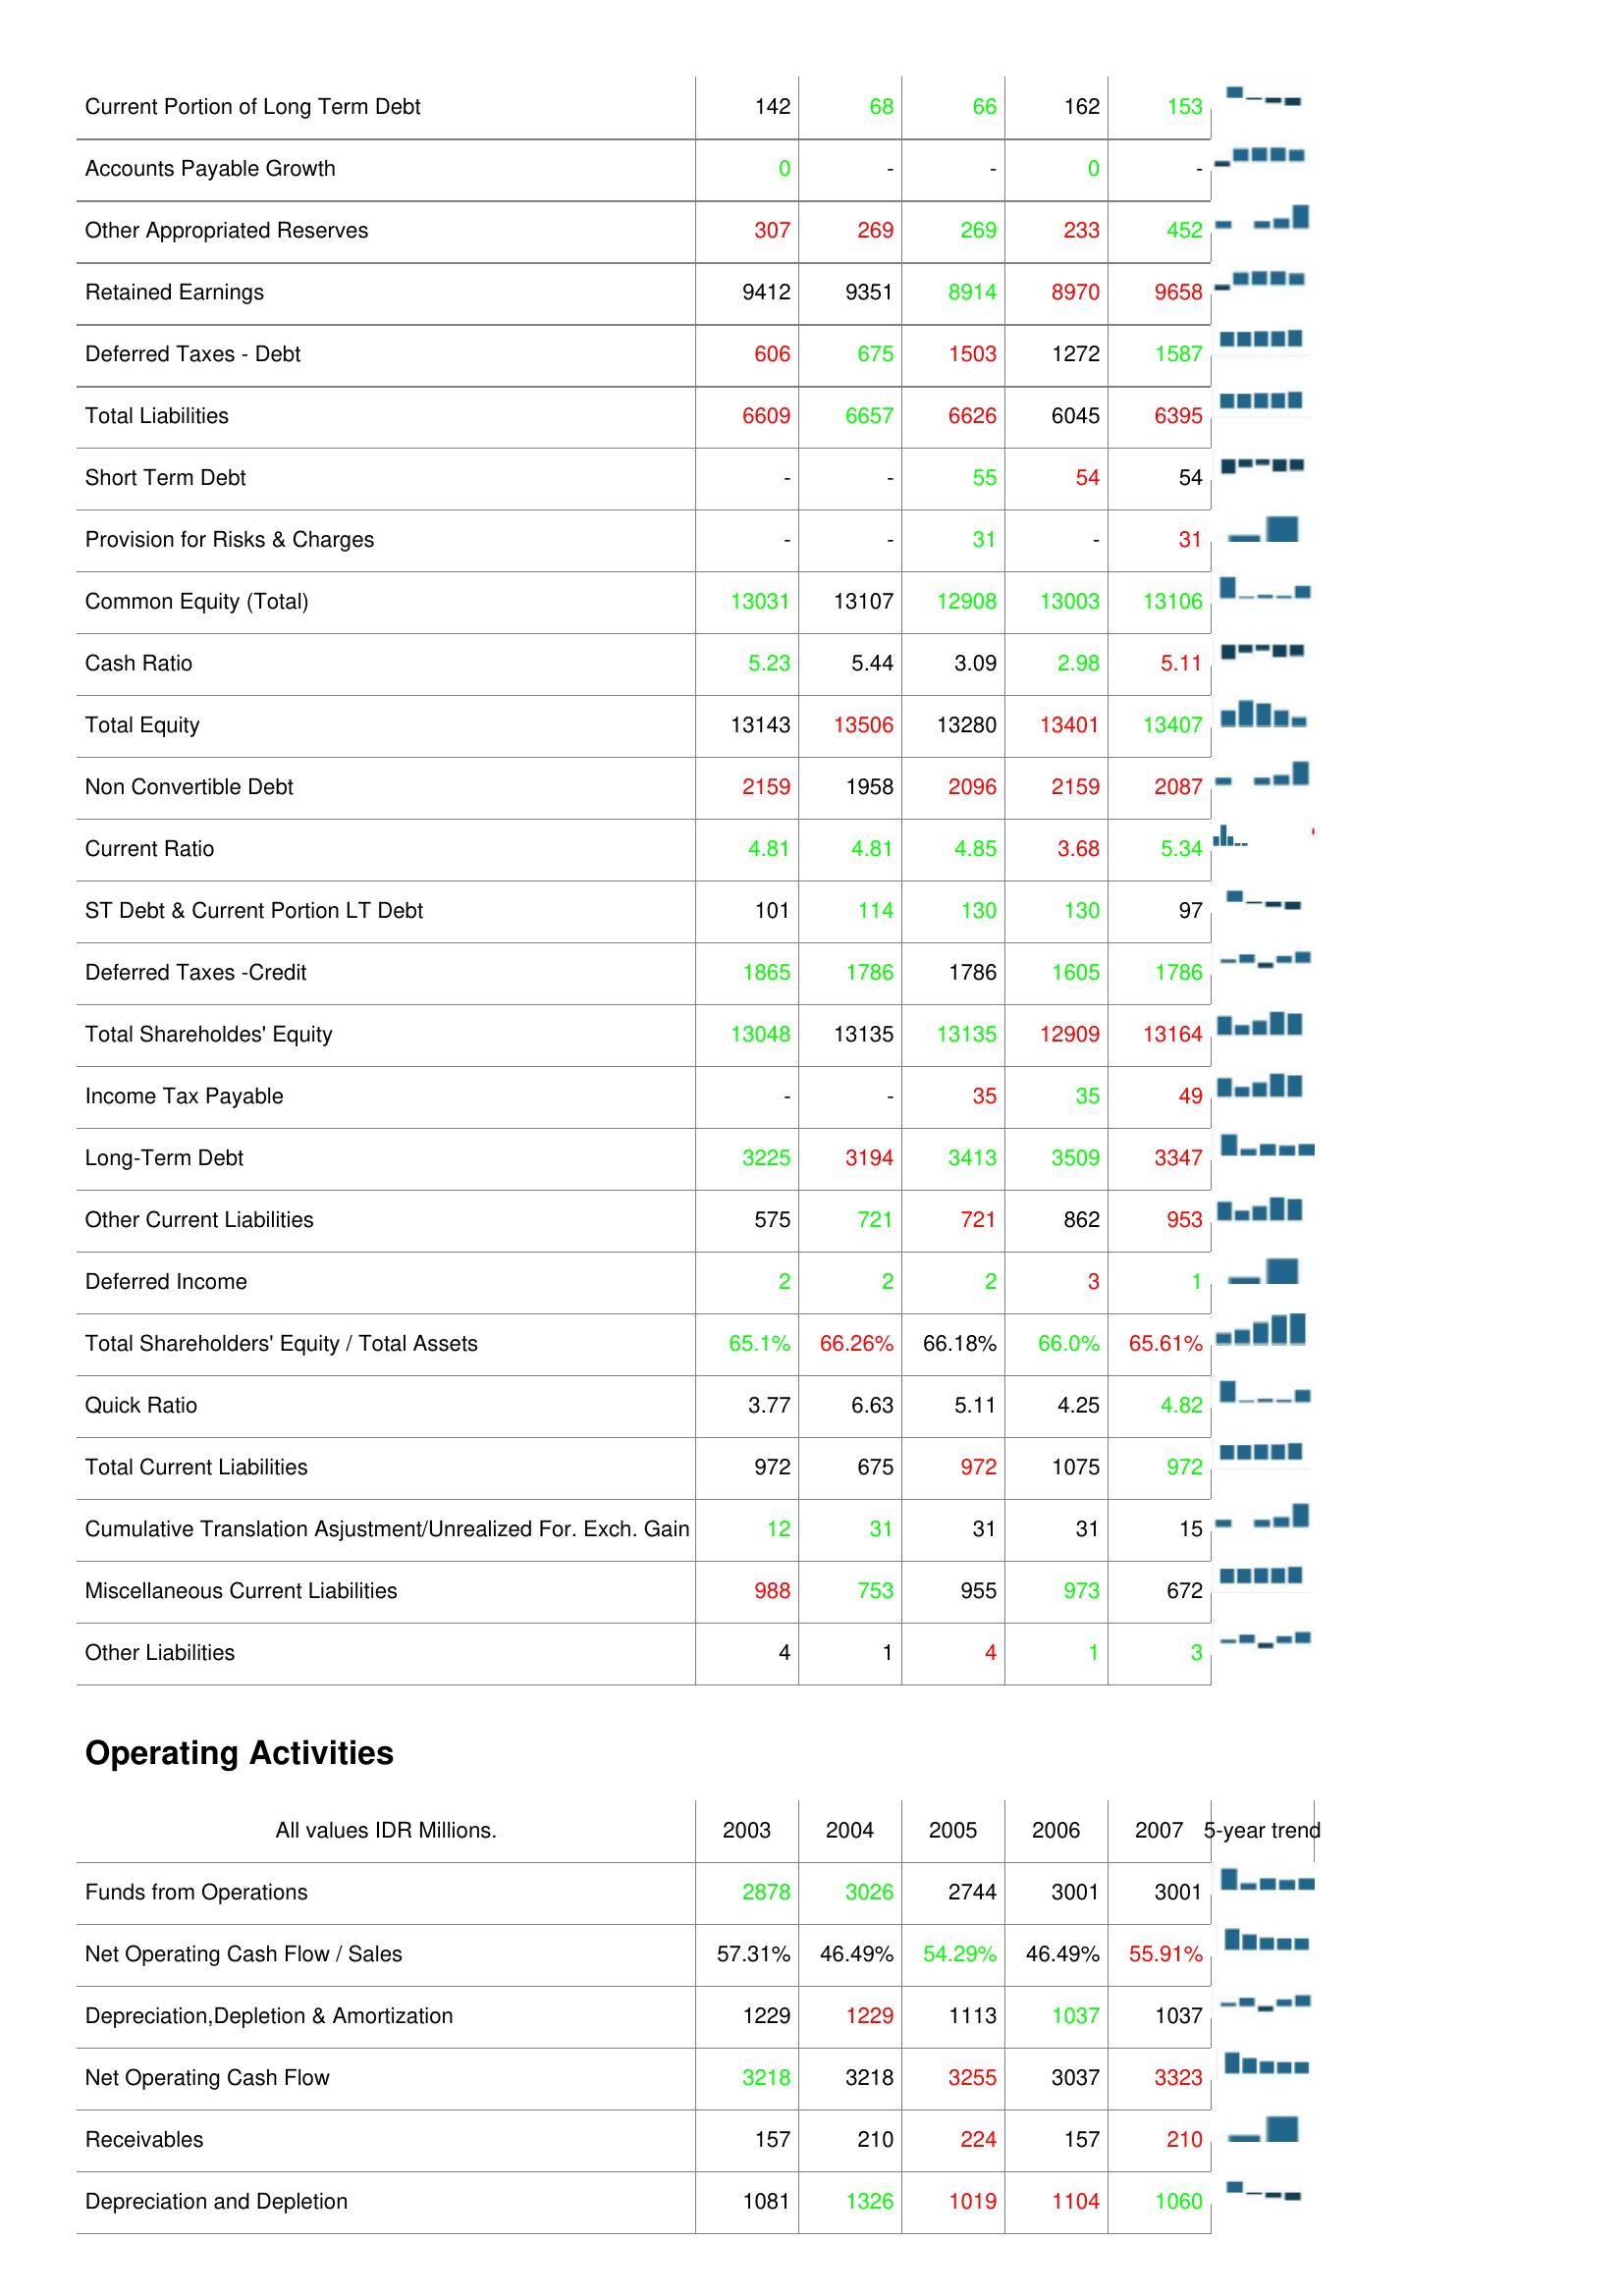
2003: Liabilities & Shareholder's Equity: Current Portion of Long Term Debt: 142
Accounts Payable Growth: 0
Other Appropriated Reserves: 307
Retained Earnings: 9412
Deferred Taxes - Debt: 606
Total Liabilities: 6609
Short Term Debt: -
Provision for Risks & Charges: -
Common Equity (Total): 13031
Cash Ratio: 5.23
Total Equity: 13143
Non Convertible Debt: 2159
Current Ratio: 4.81
ST Debt & Current Portion LT Debt: 101
Deferred Taxes -Credit: 1865
Total Shareholdes' Equity: 13048
Income Tax Payable: -
Long-Term Debt: 3225
Other Current Liabilities: 575
Deferred Income: 2
Total Shareholders' Equity / Total Assets: 65.1%
Quick Ratio: 3.77
Total Current Liabilities: 972
Cumulative Translation Asjustment/Unrealized For. Exch. Gain: 12
Miscellaneous Current Liabilities: 988
Other Liabilities: 4
Operating Activities: Funds from Operations: 2878
Net Operating Cash Flow / Sales: 57.31%
Depreciation,Depletion & Amortization: 1229
Net Operating Cash Flow: 3218
Receivables: 157
Depreciation and Depletion: 1081
2004: Liabilities & Shareholder's Equity: Current Portion of Long Term Debt: 68
Accounts Payable Growth: -
Other Appropriated Reserves: 269
Retained Earnings: 9351
Deferred Taxes - Debt: 675
Total Liabilities: 6657
Short Term Debt: -
Provision for Risks & Charges: -
Common Equity (Total): 13107
Cash Ratio: 5.44
Total Equity: 13506
Non Convertible Debt: 1958
Current Ratio: 4.81
ST Debt & Current Portion LT Debt: 114
Deferred Taxes -Credit: 1786
Total Shareholdes' Equity: 13135
Income Tax Payable: -
Long-Term Debt: 3194
Other Current Liabilities: 721
Deferred Income: 2
Total Shareholders' Equity / Total Assets: 66.26%
Quick Ratio: 6.63
Total Current Liabilities: 675
Cumulative Translation Asjustment/Unrealized For. Exch. Gain: 31
Miscellaneous Current Liabilities: 753
Other Liabilities: 1
Operating Activities: Funds from Operations: 3026
Net Operating Cash Flow / Sales: 46.49%
Depreciation,Depletion & Amortization: 1229
Net Operating Cash Flow: 3218
Receivables: 210
Depreciation and Depletion: 1326
2005: Liabilities & Shareholder's Equity: Current Portion of Long Term Debt: 66
Accounts Payable Growth: -
Other Appropriated Reserves: 269
Retained Earnings: 8914
Deferred Taxes - Debt: 1503
Total Liabilities: 6626
Short Term Debt: 55
Provision for Risks & Charges: 31
Common Equity (Total): 12908
Cash Ratio: 3.09
Total Equity: 13280
Non Convertible Debt: 2096
Current Ratio: 4.85
ST Debt & Current Portion LT Debt: 130
Deferred Taxes -Credit: 1786
Total Shareholdes' Equity: 13135
Income Tax Payable: 35
Long-Term Debt: 3413
Other Current Liabilities: 721
Deferred Income: 2
Total Shareholders' Equity / Total Assets: 66.18%
Quick Ratio: 5.11
Total Current Liabilities: 972
Cumulative Translation Asjustment/Unrealized For. Exch. Gain: 31
Miscellaneous Current Liabilities: 955
Other Liabilities: 4
Operating Activities: Funds from Operations: 2744
Net Operating Cash Flow / Sales: 54.29%
Depreciation,Depletion & Amortization: 1113
Net Operating Cash Flow: 3255
Receivables: 224
Depreciation and Depletion: 1019
2006: Liabilities & Shareholder's Equity: Current Portion of Long Term Debt: 162
Accounts Payable Growth: 0
Other Appropriated Reserves: 233
Retained Earnings: 8970
Deferred Taxes - Debt: 1272
Total Liabilities: 6045
Short Term Debt: 54
Provision for Risks & Charges: -
Common Equity (Total): 13003
Cash Ratio: 2.98
Total Equity: 13401
Non Convertible Debt: 2159
Current Ratio: 3.68
ST Debt & Current Portion LT Debt: 130
Deferred Taxes -Credit: 1605
Total Shareholdes' Equity: 12909
Income Tax Payable: 35
Long-Term Debt: 3509
Other Current Liabilities: 862
Deferred Income: 3
Total Shareholders' Equity / Total Assets: 66.0%
Quick Ratio: 4.25
Total Current Liabilities: 1075
Cumulative Translation Asjustment/Unrealized For. Exch. Gain: 31
Miscellaneous Current Liabilities: 973
Other Liabilities: 1
Operating Activities: Funds from Operations: 3001
Net Operating Cash Flow / Sales: 46.49%
Depreciation,Depletion & Amortization: 1037
Net Operating Cash Flow: 3037
Receivables: 157
Depreciation and Depletion: 1104
2007: Liabilities & Shareholder's Equity: Current Portion of Long Term Debt: 153
Accounts Payable Growth: -
Other Appropriated Reserves: 452
Retained Earnings: 9658
Deferred Taxes - Debt: 1587
Total Liabilities: 6395
Short Term Debt: 54
Provision for Risks & Charges: 31
Common Equity (Total): 13106
Cash Ratio: 5.11
Total Equity: 13407
Non Convertible Debt: 2087
Current Ratio: 5.34
ST Debt & Current Portion LT Debt: 97
Deferred Taxes -Credit: 1786
Total Shareholdes' Equity: 13164
Income Tax Payable: 49
Long-Term Debt: 3347
Other Current Liabilities: 953
Deferred Income: 1
Total Shareholders' Equity / Total Assets: 65.61%
Quick Ratio: 4.82
Total Current Liabilities: 972
Cumulative Translation Asjustment/Unrealized For. Exch. Gain: 15
Miscellaneous Current Liabilities: 672
Other Liabilities: 3
Operating Activities: Funds from Operations: 3001
Net Operating Cash Flow / Sales: 55.91%
Depreciation,Depletion & Amortization: 1037
Net Operating Cash Flow: 3323
Receivables: 210
Depreciation and Depletion: 1060